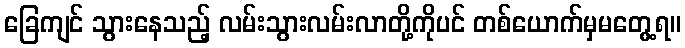
ခြေကျင် သွားနေသည့် လမ်းသွားလမ်းလာတို့ကိုပင် တစ်ယောက်မှမတွေ့ရ။